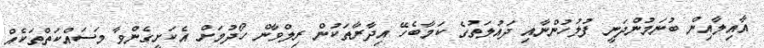
އާއިލާއިން ބުނަމުންދަނީ ފުލުހުންނާއި ދައުލަތުގެ ކަމާބެހޭ އިދާރާތަކުން ރިލްވާން ހޯދުމަށް އެކަށީގެންވާ މަސައްކަތްތަކެއް